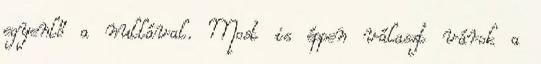
egyenlő a nullával. Most is éppen választ várok a